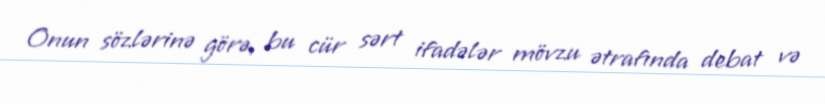
Onun sözlərinə görə, bu cür sərt ifadələr mövzu ətrafında debat və